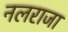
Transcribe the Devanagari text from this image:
नलराजा